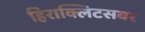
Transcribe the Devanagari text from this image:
हिराक्लिटसवर